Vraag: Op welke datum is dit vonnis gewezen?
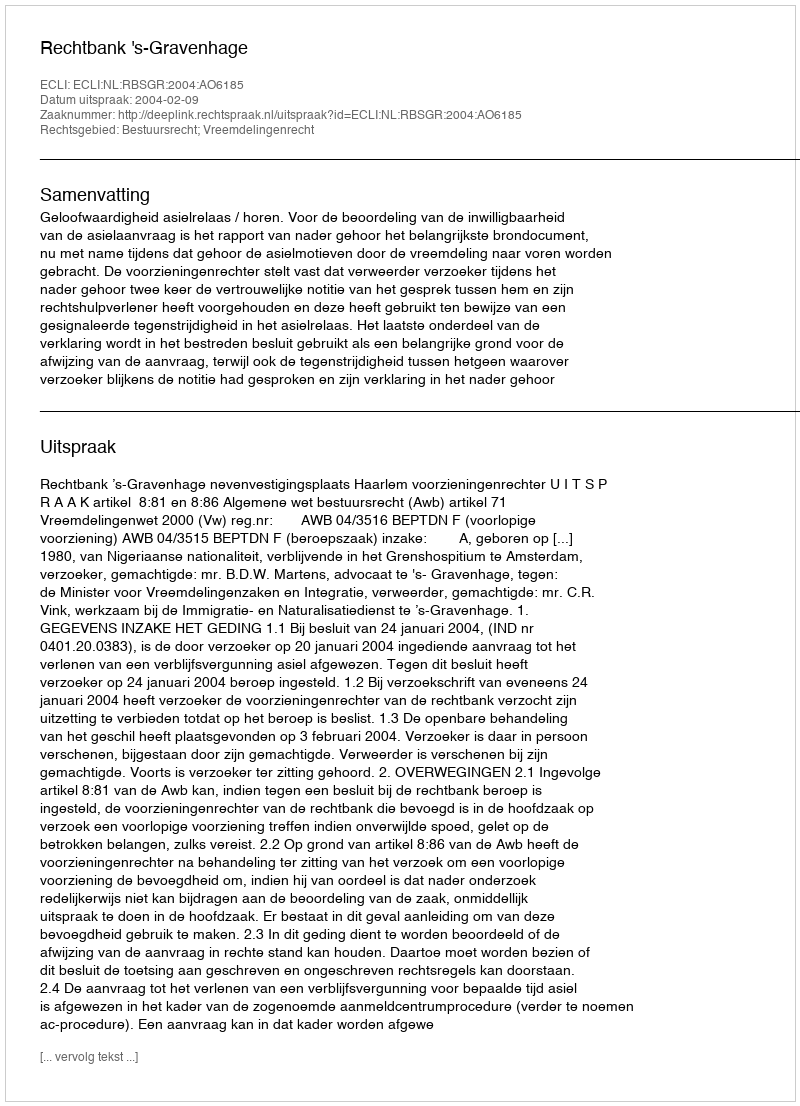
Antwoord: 2004-02-09